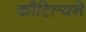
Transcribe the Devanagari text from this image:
कौटिल्‍यने